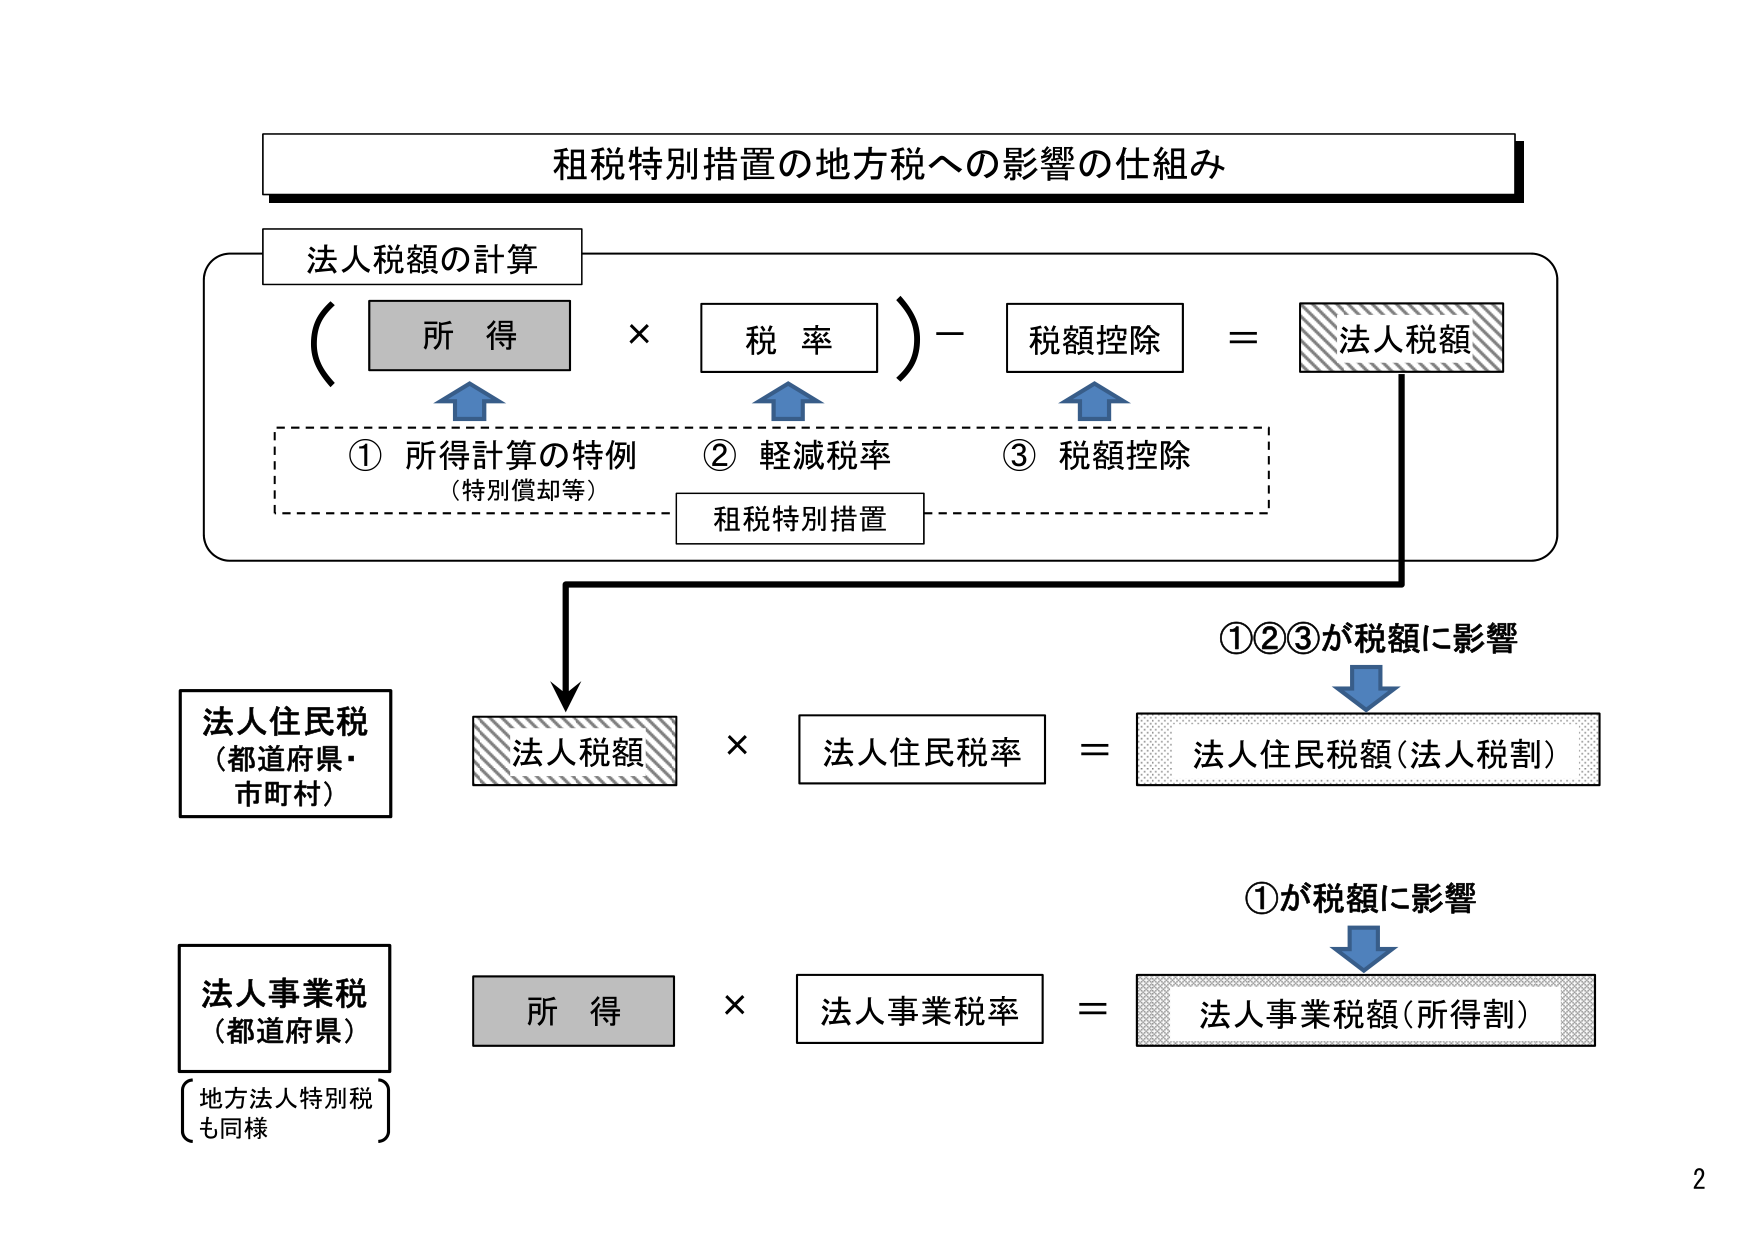
租税特別措置の地方税への影響の仕組み

法人税額の計算
（ 所得 × 税率 ）－ 税額控除 ＝ 法人税額

① 所得計算の特例
（特別償却等）
② 軽減税率
③ 税額控除
租税特別措置

①②③が税額に影響

法人住民税
（都道府県・市町村）
法人税額 × 法人住民税率 ＝ 法人住民税額（法人税割）

①が税額に影響

法人事業税
（都道府県）
所得 × 法人事業税率 ＝ 法人事業税額（所得割）
（地方法人特別税も同様）

2